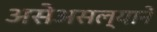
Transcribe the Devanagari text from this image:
असेअसल्याने